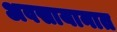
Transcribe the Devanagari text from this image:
अवसायानात